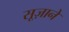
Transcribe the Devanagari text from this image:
सूज़ाने